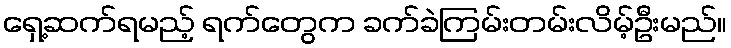
ရှေ့ဆက်ရမည့် ရက်တွေက ခက်ခဲကြမ်းတမ်းလိမ့်ဦးမည်။